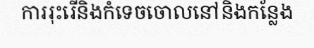
ការរុះរើនិងកំទេចចោលនៅនិងកន្លែង